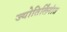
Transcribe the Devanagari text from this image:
ज्योतिर्लिंगांत